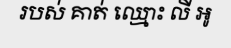
របស់ គាត់ ឈ្មោះ លី អូ